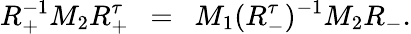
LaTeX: R_{+}^{-1}M_{2}R_{+}^{\tau}~~=~{}~M_{1}(R_{-}^{\tau})^{-1}M_{2}R_{-}.